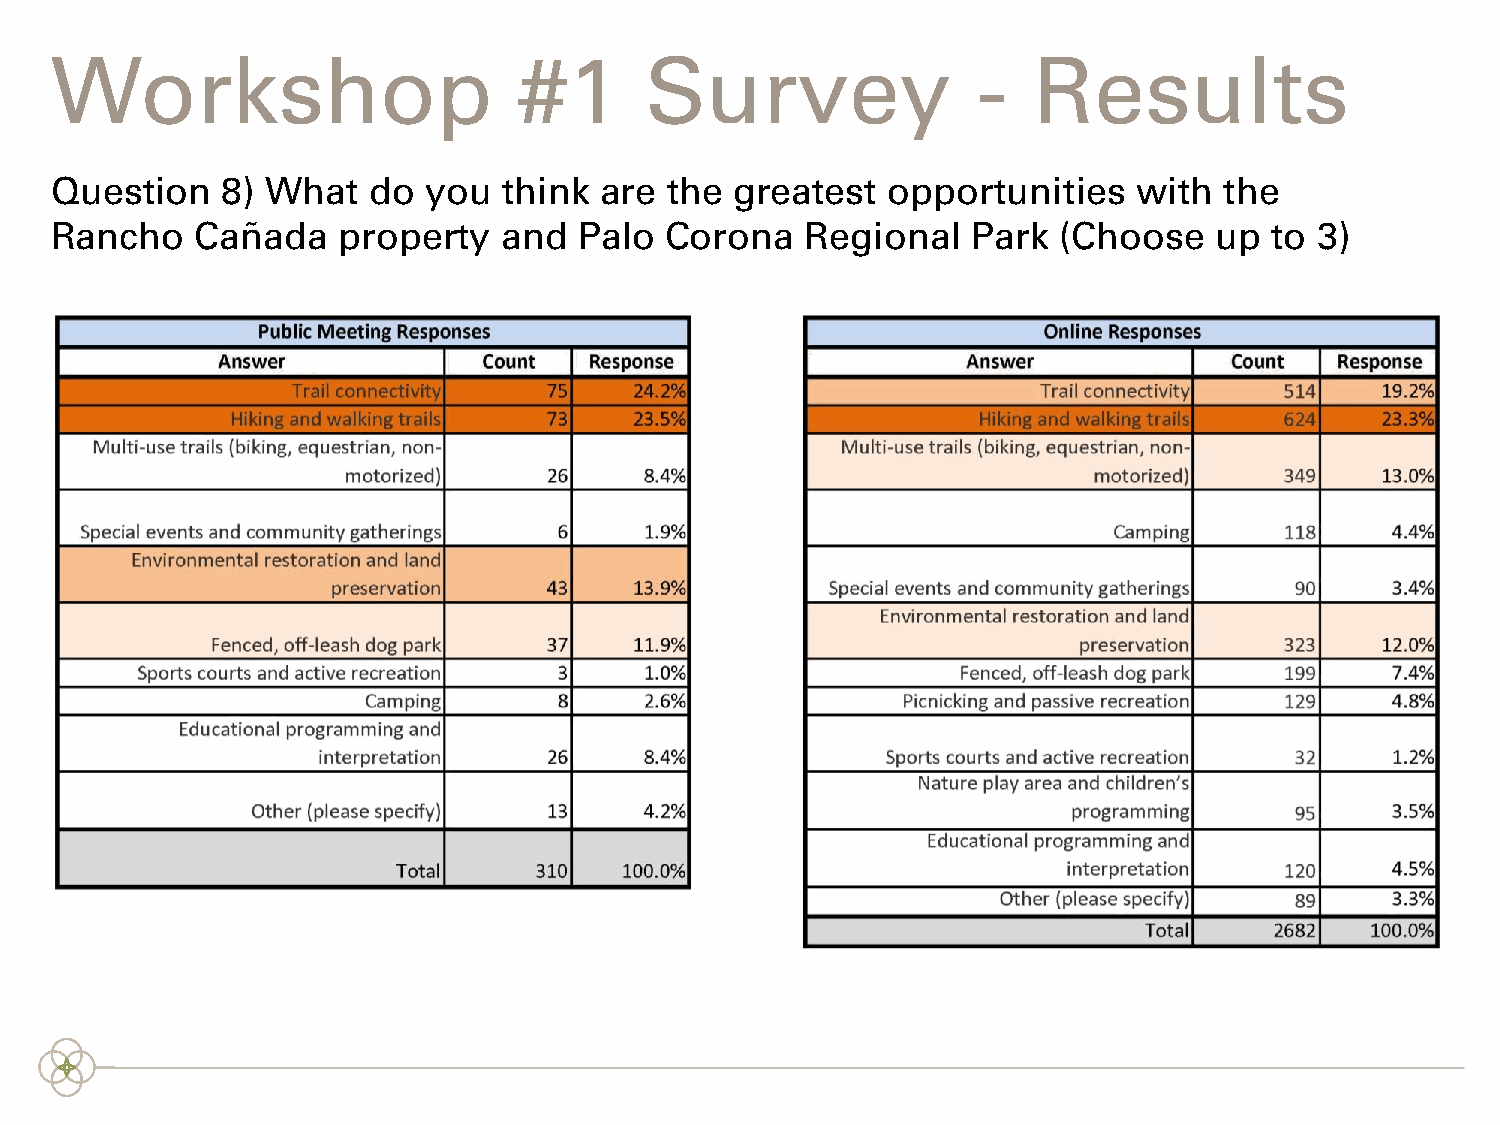
Workshop                       #1       Survey                -  Results
 Question    8) What  do  you  think  are the  greatest  opportunities   with  the
 Rancho    Cañada   property   and  Palo  Corona   Regional   Park  (Choose   up  to 3)